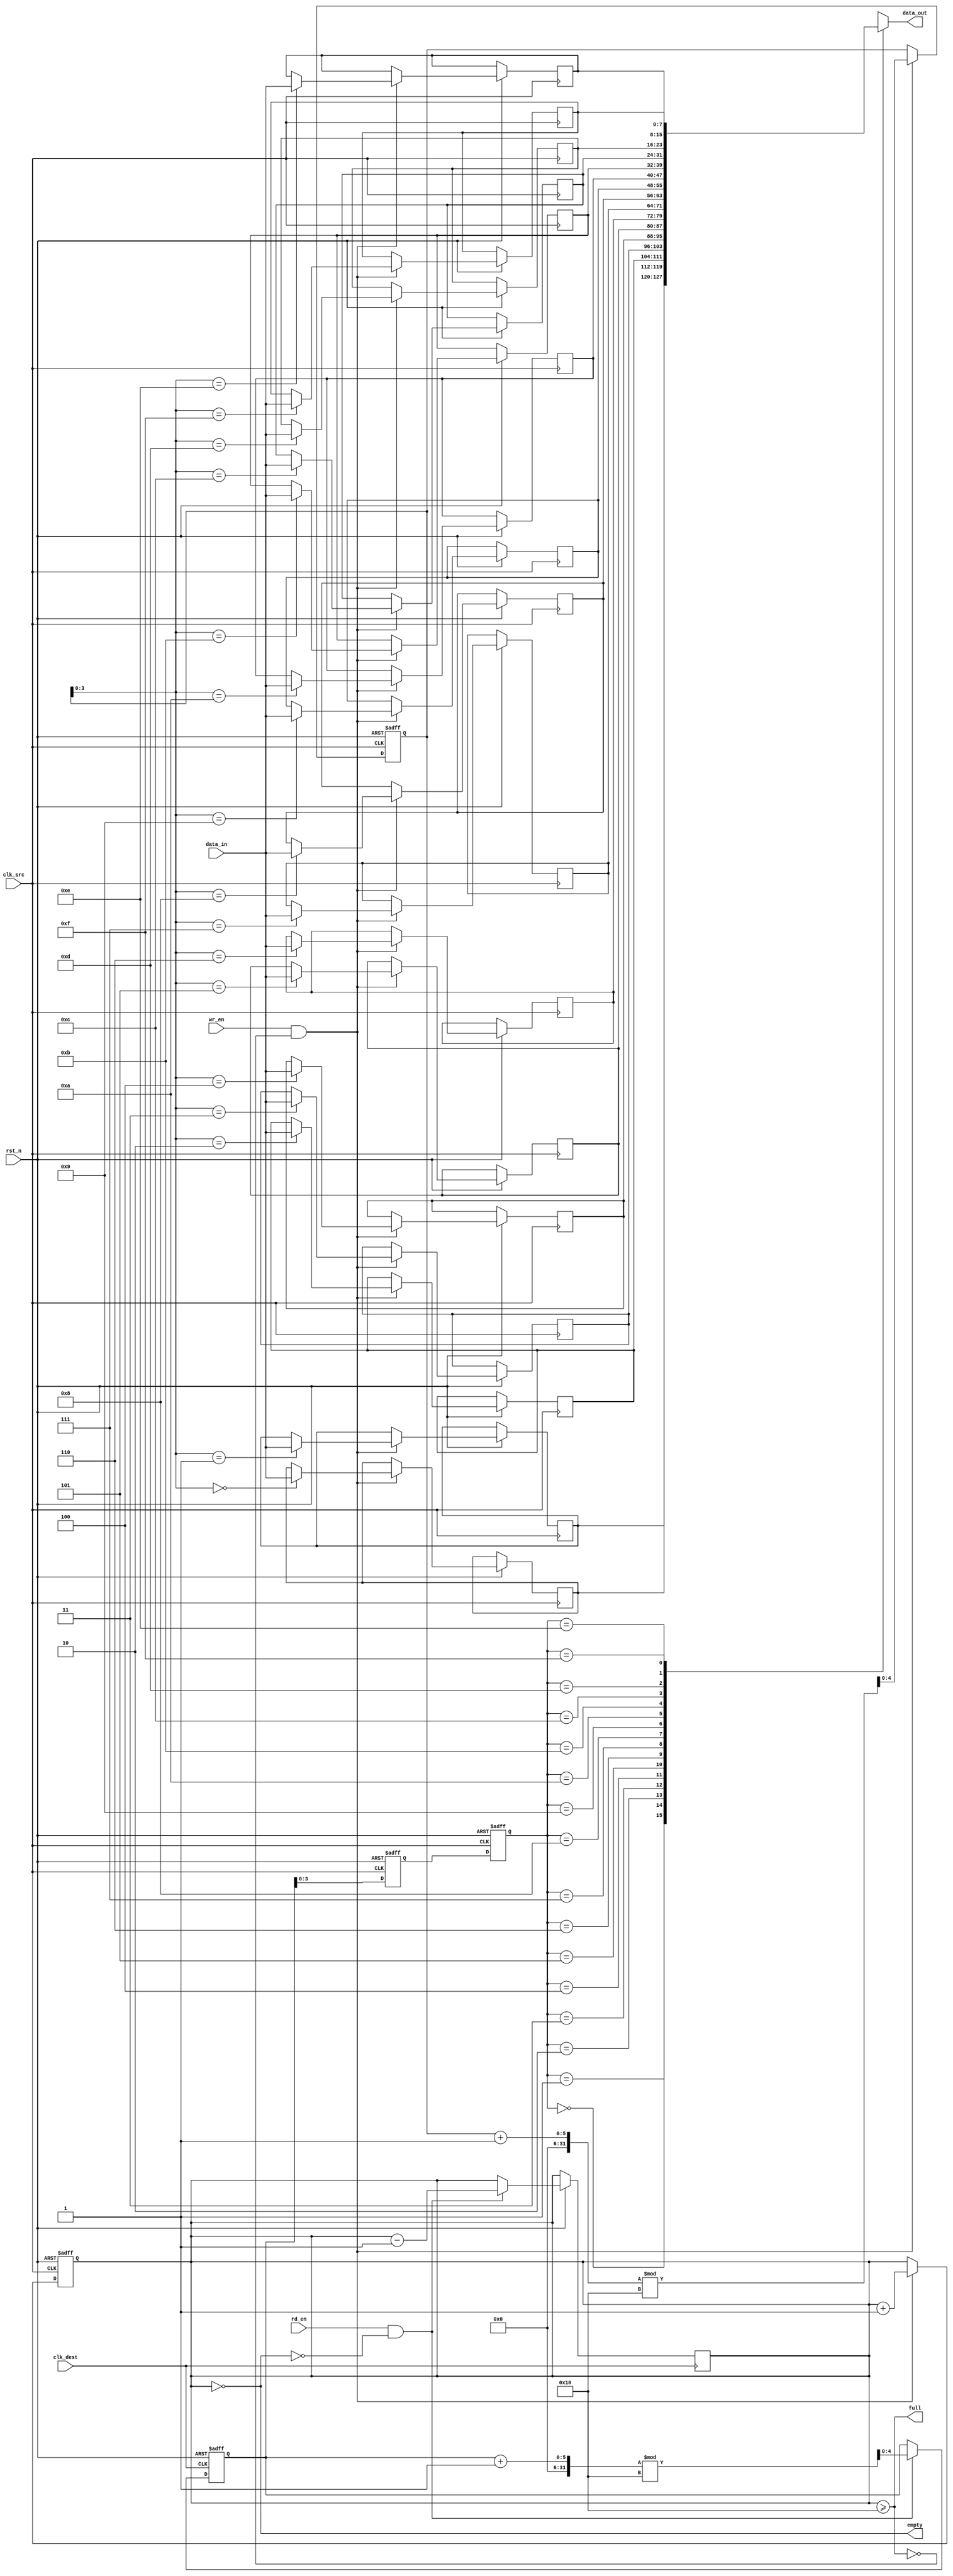
module fifo_sync #(
    parameter DATA_WIDTH = 8,  // Width of the data
    parameter FIFO_DEPTH = 16   // Depth of the FIFO
)(
    input wire clk_src,          // Source clock
    input wire clk_dest,         // Destination clock
    input wire rst_n,            // Active low reset
    input wire wr_en,            // Write enable from source domain
    input wire [DATA_WIDTH-1:0] data_in, // Data input
    output wire full,            // FIFO full flag
    input wire rd_en,            // Read enable from destination domain
    output wire [DATA_WIDTH-1:0] data_out, // Data output
    output wire empty            // FIFO empty flag
);

    // FIFO memory array
    reg [DATA_WIDTH-1:0] fifo_mem [0:FIFO_DEPTH-1];
    reg [4:0] wr_ptr;            // Write pointer (5 bits for FIFO_DEPTH)
    reg [4:0] rd_ptr;            // Read pointer (5 bits for FIFO_DEPTH)
    reg [4:0] fifo_count;        // Number of items in FIFO

    // Write Pointer Synchronization
    reg [4:0] wr_ptr_sync;
    reg [4:0] wr_ptr_sync_1;
    
    // Read Pointer Synchronization
    reg [4:0] rd_ptr_sync;
    reg [4:0] rd_ptr_sync_1;

    // Asynchronous reset and FIFO control logic
    always @(posedge clk_src or negedge rst_n) begin
        if (!rst_n) begin
            wr_ptr <= 0;
            fifo_count <= 0;
        end else if (wr_en && !full) begin
            fifo_mem[wr_ptr] <= data_in; // Write data into FIFO
            wr_ptr <= (wr_ptr + 1) % FIFO_DEPTH; // Increment write pointer
            fifo_count <= fifo_count + 1; // Increment count
        end
    end

    always @(posedge clk_dest or negedge rst_n) begin
        if (!rst_n) begin
            rd_ptr <= 0;
        end else if (rd_en && !empty) begin
            rd_ptr <= (rd_ptr + 1) % FIFO_DEPTH; // Increment read pointer
            fifo_count <= fifo_count - 1; // Decrement count
        end
    end

    // Synchronization logic for write pointer
    always @(posedge clk_dest or negedge rst_n) begin
        if (!rst_n) begin
            wr_ptr_sync <= 0;
            wr_ptr_sync_1 <= 0;
        end else begin
            wr_ptr_sync <= wr_ptr; // Capture write pointer
            wr_ptr_sync_1 <= wr_ptr_sync; // Second stage for metastability
        end
    end
    
    // Synchronization logic for read pointer
    always @(posedge clk_src or negedge rst_n) begin
        if (!rst_n) begin
            rd_ptr_sync <= 0;
            rd_ptr_sync_1 <= 0;
        end else begin
            rd_ptr_sync <= rd_ptr; // Capture read pointer
            rd_ptr_sync_1 <= rd_ptr_sync; // Second stage for metastability
        end
    end

    // Output data from FIFO
    assign data_out = fifo_mem[rd_ptr_sync_1];

    // FIFO full and empty flags
    assign full = (fifo_count >= FIFO_DEPTH);
    assign empty = (fifo_count == 0);

endmodule